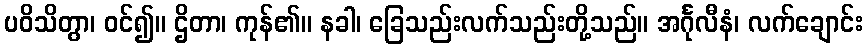
ပဝိသိတွာ၊ ဝင်၍။ ဌိတာ၊ ကုန်၏။ နခါ၊ ခြေသည်းလက်သည်းတို့သည်။ အင်္ဂုလီနံ၊ လက်ချောင်း